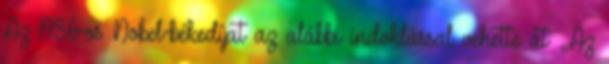
Az 1986-os Nobel-békedíjat az alábbi indoklással vehette át: „Az